Black-water fever - Number 35
Disease focus: Fever
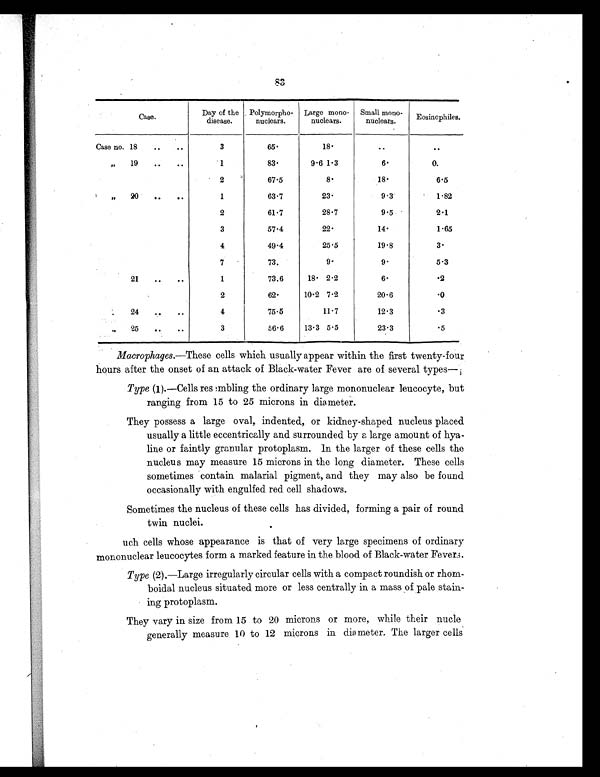
83
Case.
Day of the
disease.
Polymorpho-
nuclears.
Large mono-
nuclears.
Small mono-
nuclears.
Eosinophiles.
Case no. 18
..
..
3
65.
18.
..
..
,,
19
..
. .
1
83.
9.6 1.3
6.
0.
2
67.5
8.
18.
6.5
,,
20
..
..
1
63.7
23.
9.3
1.82
2
61.7
28.7
9.5.
2.1
3
57.4
22.
14.
1.65
4
49.4
25.5
19.8
3.
7
7 3 .
9.
9.
5.3
21
..
..
1
73.6
18. 2.2
6.
. 2
2
62.
10.2 7.2
20.6
. 0
,,
24
..
4
75.5
11.7
12.3
. 3
, ,
2 5
. .
3
56.6
13.3 5.5
23.3
.5
Macrophages.— These cells which usually appear within the first twenty-four
hours after the onset of an attack of Black-water Fever are of several types—
Type (1).—Cells resembling the ordinary large mononuclear leucocyte, but
ranging from 15 to 25 microns in diameter.
They possess a large oval, indented, or kidney-shaped nucleus placed
usually a little eccentrically and surrounded by a large amount of hya-
line or faintly granular protoplasm. In the larger of these cells the
nucleus may measure 15 microns in the long diameter. These cells
sometimes contain malarial pigment, and they may also be found
occasionally with engulfed red cell shadows.
Sometimes the nucleus of these cells has divided, forming a pair of round
twin nuclei.
uch cells whose appearance is that of very large specimens of ordinary
mononuclear leucocytes form a marked feature in the blood of Black-water Fevers.
Type (2).—Large irregularly circular cells with a compact roundish or rhom-
boidal nucleus situated more or less centrally in a mass of pale stai
n - i n g p r o t o p l a s m .
They vary in size from 15 to 20 microns or more, while their nucle
generally measure 10 to 12 microns in diameter. The larger cells